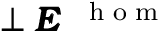
\perp \pmb { { \cal E } } ^ { \mathrm { ~ \tiny ~ { ~ h ~ o ~ m ~ } ~ } }